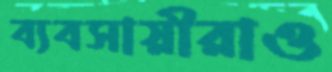
ব্যবসায়ীরাও